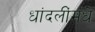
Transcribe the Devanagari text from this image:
धांदलींमधे